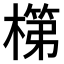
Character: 𬄏